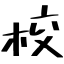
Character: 校